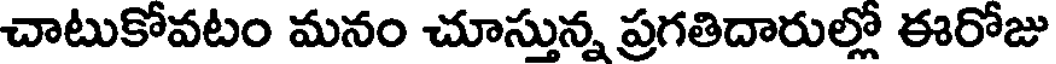
చాటుకోవటం మనం చూస్తున్న ప్రగతిదారుల్లో ఈరోజు